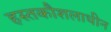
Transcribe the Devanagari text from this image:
हस्तकौशलाधीन